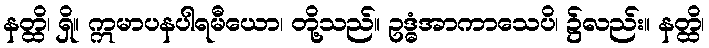
နတ္ထိ၊ ရှိ။ ဣမာပနပါရမီယော၊ တို့သည်။ ဥဒ္ဓံအာကာသေပိ၊ ၌လည်း။ နတ္ထိ၊